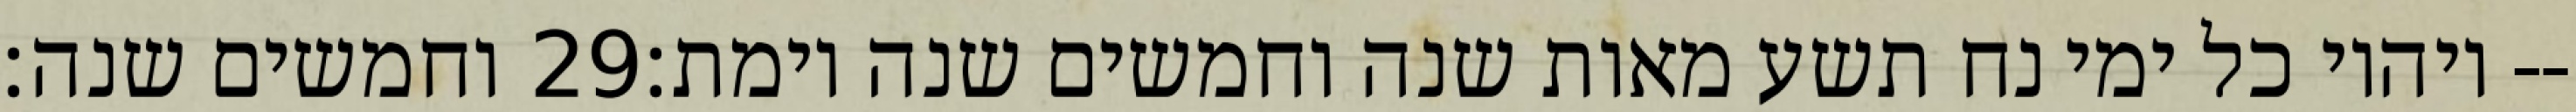
וחמשים שנה׃ ‎29‏ ויהיו כל ימי נח תשע מאות שנה וחמשים שנה וימת׃--